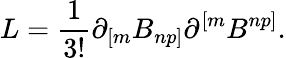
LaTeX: L={\frac{1}{3!}}\partial_{[m}B_{np]}\partial^{[m}B^{np]}.